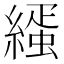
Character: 𦄦